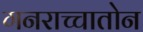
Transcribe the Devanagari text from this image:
गनराच्चातोन